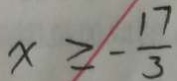
x \geq - \frac { 1 7 } { 3 }